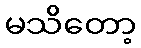
မသိတော့